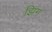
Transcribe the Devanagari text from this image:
झिग